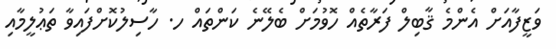
ވަޒީފާއަށް އެންމެ ޤާބިލް ފަރާތެއް ހޮވުމަށް ބެލޭނެ ކަންތައް ހ. ހާސިލުކޮށްފައިވާ ތަޢުލީމާއި